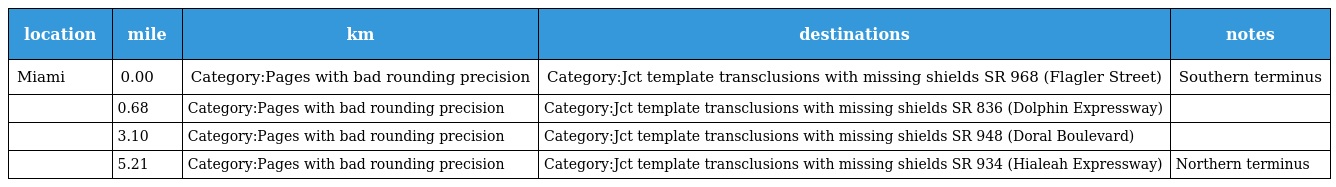
| location | mile | km | destinations | notes |
 | --- | --- | --- | --- | --- |
 | Miami | 0.00 | Category:Pages with bad rounding precision | Category:Jct template transclusions with missing shields SR 968 (Flagler Street) | Southern terminus |
 |  | 0.68 | Category:Pages with bad rounding precision | Category:Jct template transclusions with missing shields SR 836 (Dolphin Expressway) |  |
 |  | 3.10 | Category:Pages with bad rounding precision | Category:Jct template transclusions with missing shields SR 948 (Doral Boulevard) |  |
 |  | 5.21 | Category:Pages with bad rounding precision | Category:Jct template transclusions with missing shields SR 934 (Hialeah Expressway) | Northern terminus |